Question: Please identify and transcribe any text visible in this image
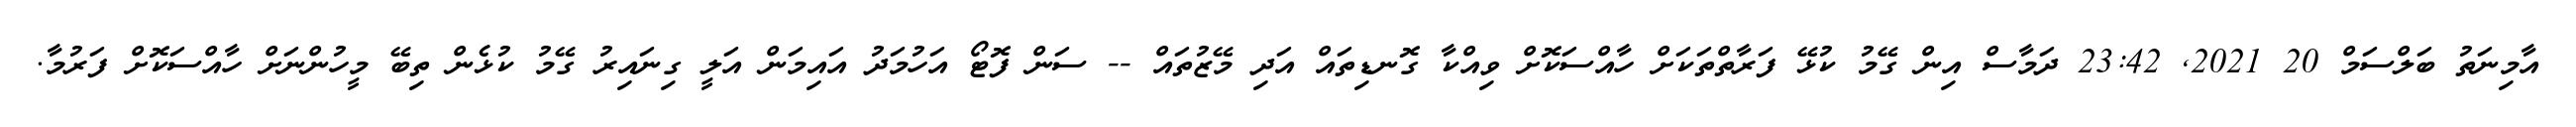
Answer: އާމިނަތު ބަލްސަމް 20 2021, 23:42 ދަމާސް އިން ގޭމު ކުޅޭ ފަރާތްތަކަށް ހާއްސަކޮށް ވިއްކާ ގޮނޑިތައް އަދި މޭޒުތައް -- ސަން ފޮޓޯ އަހުމަދު އައިމަން އަލީ ގިނައިރު ގޭމު ކުޅެން ތިބޭ މީހުންނަށް ހާއްސަކޮށް ފަރުމާ.